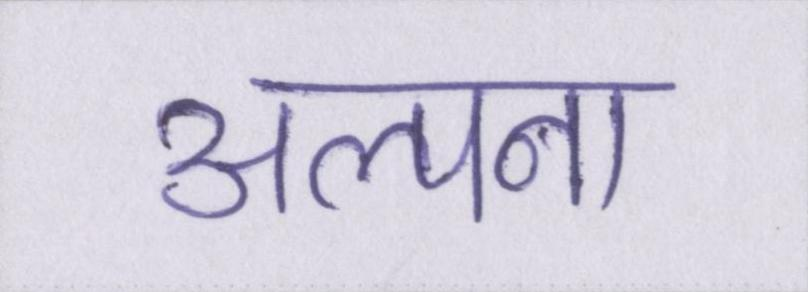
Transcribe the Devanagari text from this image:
अल्पना